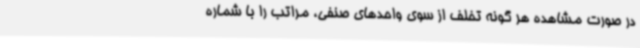
در صورت مشاهده هر گونه تخلف از سوی واحدهای صنفی، مراتب را با شماره